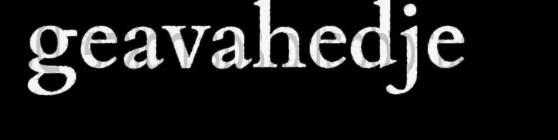
geavahedje